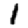
Digit: 1